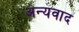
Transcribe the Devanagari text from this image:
अन्यवाद